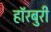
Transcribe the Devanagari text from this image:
हॉरबुरी